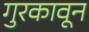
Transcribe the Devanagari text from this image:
गुरकावून